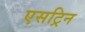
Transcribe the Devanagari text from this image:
एसट्रिन